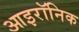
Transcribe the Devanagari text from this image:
आइरॉनिक